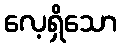
လေ့ရှိသော